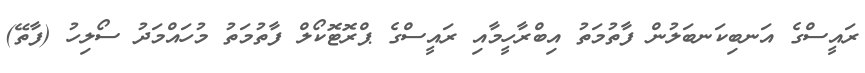
ރައީސްގެ އަނބިކަނބަލުން ފާތުމަތު އިބްރާހީމާއި ރައީސްގެ ޕްރޮޓޮކޯލް ފާތުމަތު މުހައްމަދު ސޯލިހު (ފާތޭ)